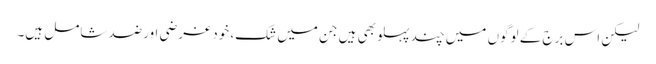
لیکن اس برج کے لوگوں میں چند پہلو بھی ہیں جن میں شک، خود غرضی اورضد شامل ہیں۔